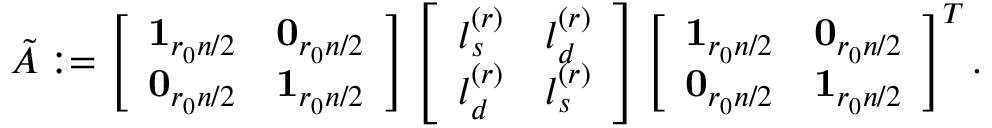
\begin{array} { r } { \tilde { A } : = \left[ \begin{array} { l l } { \mathbf { 1 } _ { r _ { 0 } n / 2 } } & { \mathbf { 0 } _ { r _ { 0 } n / 2 } } \\ { \mathbf { 0 } _ { r _ { 0 } n / 2 } } & { \mathbf { 1 } _ { r _ { 0 } n / 2 } } \end{array} \right] \left[ \begin{array} { l l } { l _ { s } ^ { ( r ) } } & { l _ { d } ^ { ( r ) } } \\ { l _ { d } ^ { ( r ) } } & { l _ { s } ^ { ( r ) } } \end{array} \right] \left[ \begin{array} { l l } { \mathbf { 1 } _ { r _ { 0 } n / 2 } } & { \mathbf { 0 } _ { r _ { 0 } n / 2 } } \\ { \mathbf { 0 } _ { r _ { 0 } n / 2 } } & { \mathbf { 1 } _ { r _ { 0 } n / 2 } } \end{array} \right] ^ { T } . } \end{array}